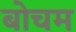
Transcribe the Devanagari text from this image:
बोचम